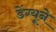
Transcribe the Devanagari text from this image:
डेंग्यूने